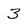
Character: 3